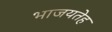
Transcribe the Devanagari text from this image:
भाजयतेह